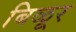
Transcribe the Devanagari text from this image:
बिळूर